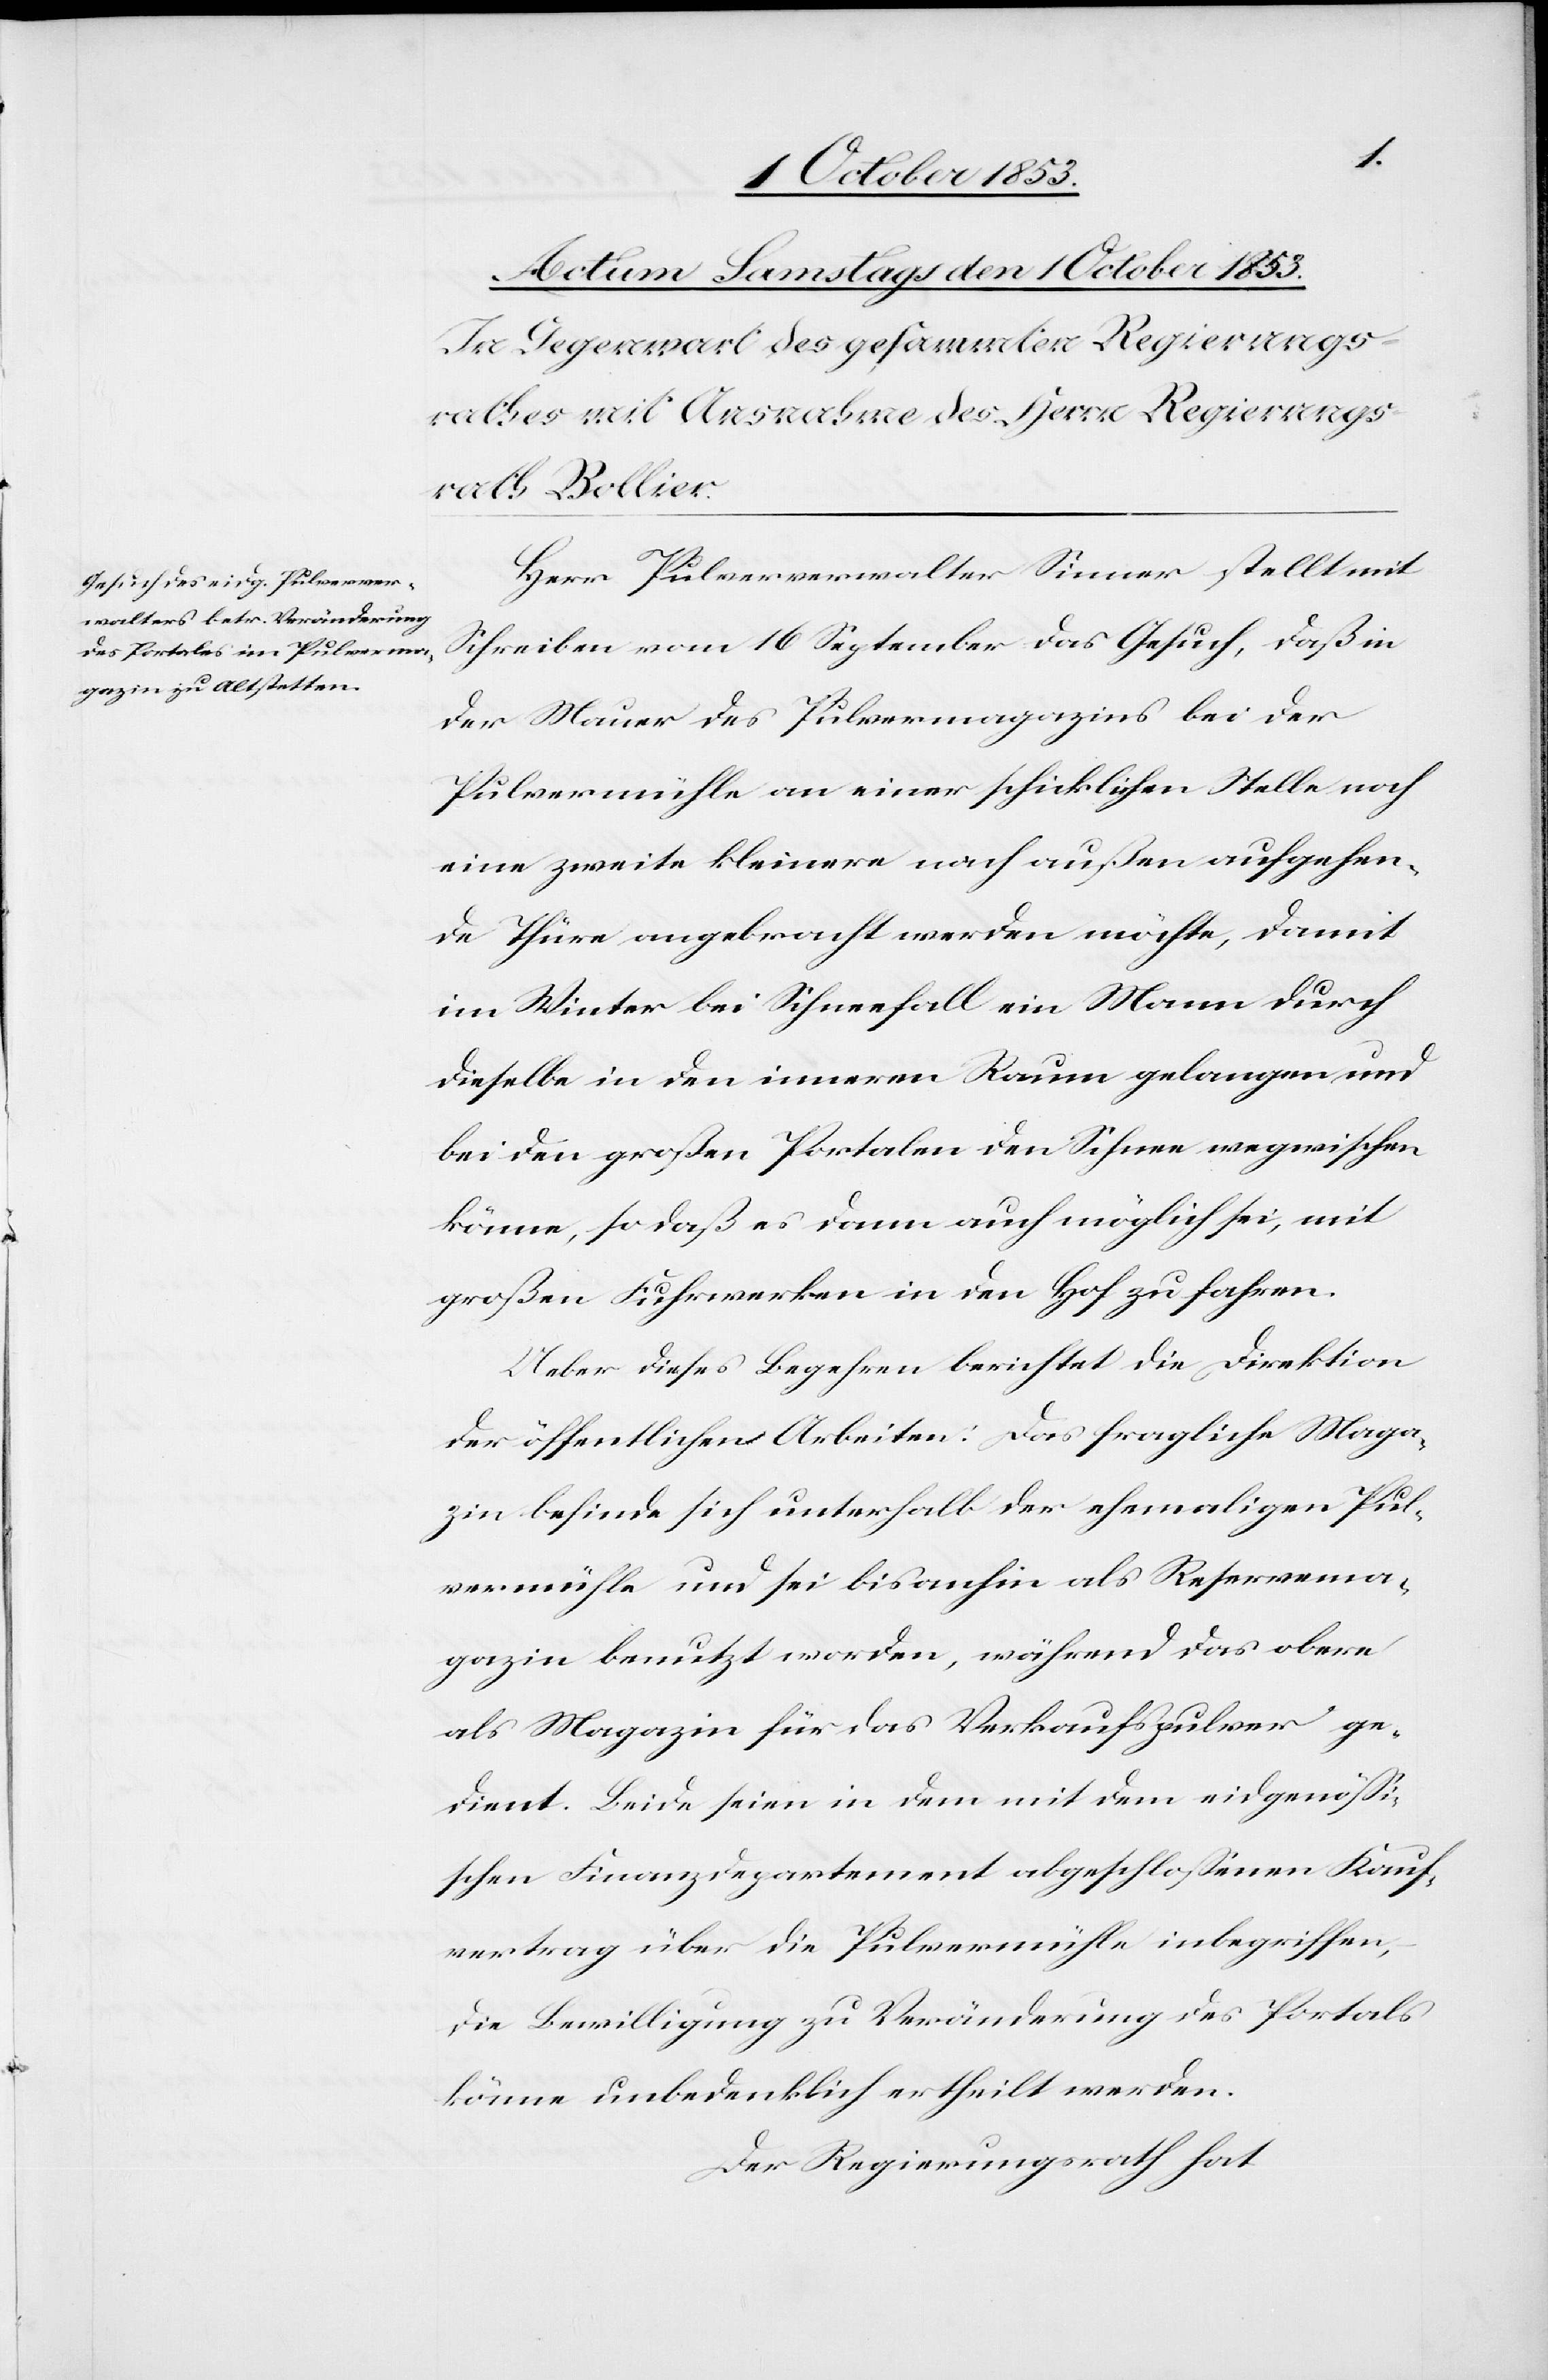
Herr Pulververwalter Sinner stellt mit
Schreiben vom 16 September das Gesuch, daß in
der Mauer des Pulvermagazins bei der
Pulvermühle an einer schicklichen Stelle noch
eine zweite kleinere nach außen aufgehen¬
de Thüre angebracht werden möchte, damit
im Winter bei Schneefall ein Mann durch
dieselbe in den inneren Raum gelangen und
bei den großen Portalen den Schnee wegwischen
könne, so daß es dann auch möglich sei, mit
großen Fuhrwerken in den Hof zu fahren.
Ueber dieses Begehren berichtet die Direktion
der öffentlichen Arbeiten: Das fragliche Maga¬
zin befinde sich unterhalb der ehemaligen Pul¬
vermühle und sei bisanhin als Reservema¬
gazin benutzt worden, während das obere
als Magazin für das Verkaufspulver ge¬
dient. Beide seien in dem mit dem eidgenößi¬
schen Finanzdepartement abgeschloßenen Kauf¬
vertrag über die Pulvermühle inbegriffen,
die Bewilligung zu Veränderung des Portals
könne unbedenklich ertheilt werden.
Der Regierungsrath hat,